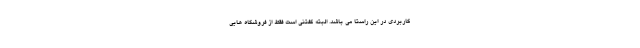
کاربردی در این راستا می باشد. البته گفتنی است فقط از فروشگاه هایی